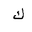
Letter: _kaf